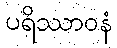
ပရိဿာဝနံ